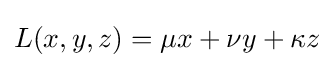
L(x,y,z)=\mu x+\nu y+\kappa z